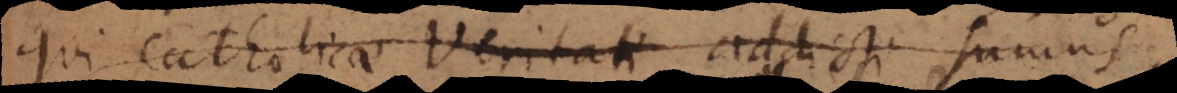
qui Catholicae Veritati addicti sumus,